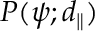
P ( \psi ; d _ { \parallel } )